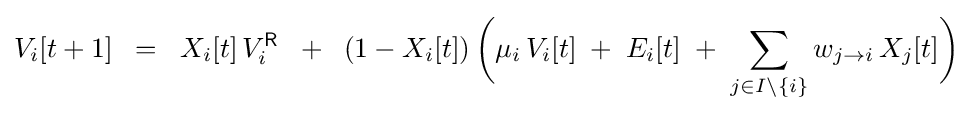
V_{i}[t+1]\;\;=\;\;X_{i}[t]\,V_{i}^{\mathsf {R}}\;\;+\;\;(1-X_{i}[t])\,{\biggl (}\mu _{i}\,V_{i}[t]\;+\;E_{i}[t]\;+\;\sum _{j\in I\setminus \{i\}}w_{j\to i}\,X_{j}[t]{\biggr )}